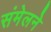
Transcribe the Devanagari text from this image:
संमेलनेे